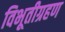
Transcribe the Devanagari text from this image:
विभूतीग्रहण